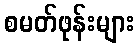
စမတ်ဖုန်းများ